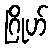
ဂြိုဟ်